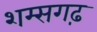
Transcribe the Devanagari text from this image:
शम्सगढ़